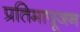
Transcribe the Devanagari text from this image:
प्रतिमापूजन